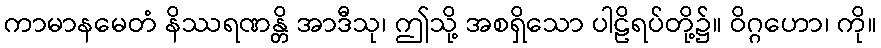
ကာမာနမေတံ နိဿရဏန္တိ အာဒီသု၊ ဤသို့ အစရှိသော ပါဠိရပ်တို့၌။ ဝိဂ္ဂဟော၊ ကို။